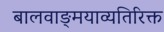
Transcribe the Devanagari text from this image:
बालवाङ्‌मयाव्यतिरिक्त